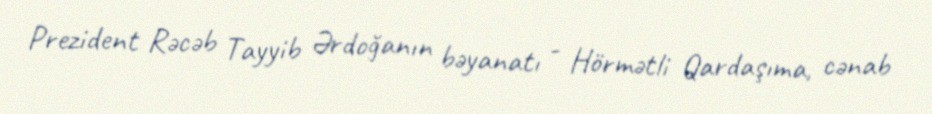
Prezident Rəcəb Tayyib Ərdoğanın bəyanatı - Hörmətli Qardaşıma, cənab